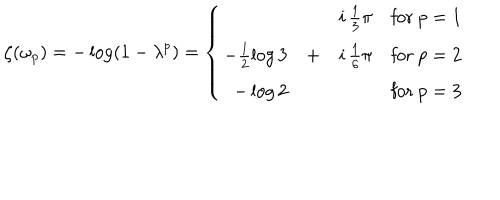
LaTeX: \zeta ( \omega _ { p } ) = - \log ( 1 - \lambda ^ { p } ) = \left\{ \begin{array} { r c l l } { { } } & { { } } & { { i \, \frac 1 3 \pi } } & { { \mathrm { f o r ~ } p = 1 } } \\ { { - \frac 1 2 \log 3 } } & { { + } } & { { i \, \frac 1 6 \pi } } & { { \mathrm { f o r ~ } p = 2 } } \\ { { - \log 2 } } & { { } } & { { } } & { { \mathrm { f o r ~ } p = 3 } } \\ \end{array} \right.